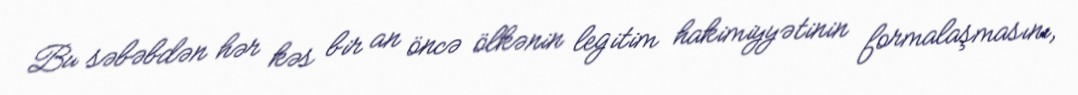
Bu səbəbdən hər kəs bir an öncə ölkənin legitim hakimiyyətinin formalaşmasını,